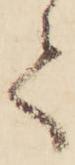
て